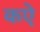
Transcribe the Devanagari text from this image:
कऐ